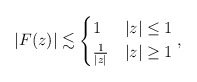
\begin{align*}|F(z)| \lesssim \begin{cases} 1 & |z| \leq 1\\\frac{1}{|z|} & |z| \geq 1\end{cases},\end{align*}